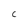
Character: C